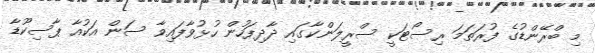
މި ބްރޭންޑުގެ ފުރަތަމަ ރިސޯޓަކީ ސްރީލަންކާގައި ދާދިފަހުން ހުޅުވާފައިވާ ސަން އަކުއާ ޕާސިކޫޑާ